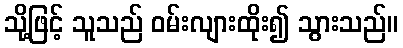
သို့ဖြင့် သူသည် ဝမ်းလျားထိုး၍ သွားသည်။